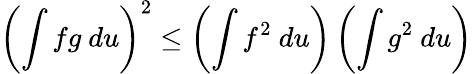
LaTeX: \left(\int fg~du\right)^{2}\leq\left(\int f^{2}~du\right)\left(\int g^{2}~du\right)